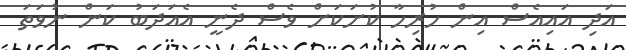
އަދި އައިއެސް އިން ހުރިހާ ކުށަކަށް ވެސް ދެނީ އެއަދަބު ކަން ނުވަތަ